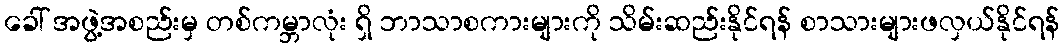
ခေါ် အဖွဲ့အစည်းမှ တစ်ကမ္ဘာလုံး ရှိ ဘာသာစကားများကို သိမ်းဆည်းနိုင်ရန် စာသားများဖလှယ်နိုင်ရန်